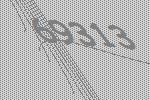
69313